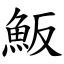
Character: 魬